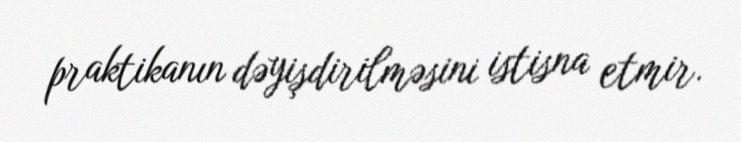
praktikanın dəyişdirilməsini istisna etmir.